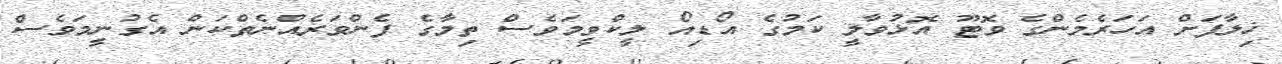
ޚިލާފަށް އަހަރެމެންގެ ވޮޓޫ އޮޅުވާލީ ކަމުގެ އޯޑިއޯ ލީކްވީމަވެސް ތިމާގެ ފެންވަރެއްނެތްކަން އެގުނީމަވެސް